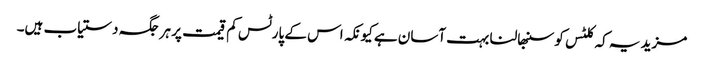
مزید یہ کہ کلٹس کو سنبھالنا بہت آسان ہے کیونکہ اس کے پارٹس کم قیمت پر ہر جگہ دستیاب ہیں۔